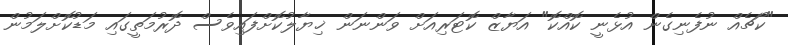
"ކޯޗެއް ނުފެނިގެން އުޅެނީ ކޮއްކޮ" އަޔާޒް ކޮޓަރިއަށް ވަންނަން ޚިޔާލުކޮށްފައިވެސް ދޮރުމަތީގައި މަޑުކޮށްލަމުން